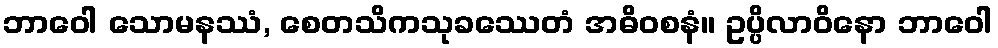
ဘာဝေါ သောမနဿံ, စေတသိကသုခဿေတံ အဓိဝစနံ။ ဥပ္ပိလာဝိနော ဘာဝေါ